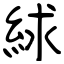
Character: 絿